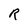
Character: R